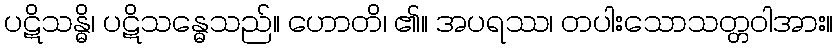
ပဋိသန္ဓိ၊ ပဋိသန္ဓေသည်။ ဟောတိ၊ ၏။ အပရဿ၊ တပါးသောသတ္တဝါအား။